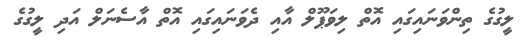
ލީގުގެ ތިންވަނައިގައި އޮތް ލިވަޕޫލް އާއި ދެވަނައިގައި އޮތް އާސެނަލް އަދި ލީގުގެ